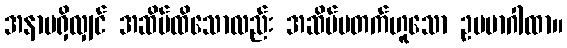
အနာမရှိလျှင် အဆိပ်ထိသောလည်း အဆိပ်မတက်ဟူသော ဥပမာဂါထာ။